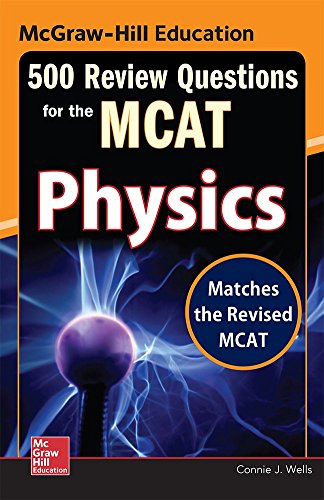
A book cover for McGraw-Hill Education 500 Review Questions for the MCAT: Physics; Connie J. Wells; Test Preparation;